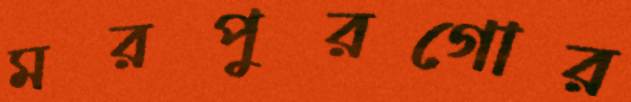
মরপুরগোর